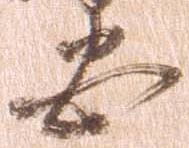
忠